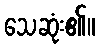
သေဆုံး၏။